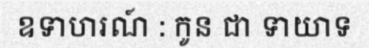
ឧទាហរណ៍ : កូន ជា ទាយាទ